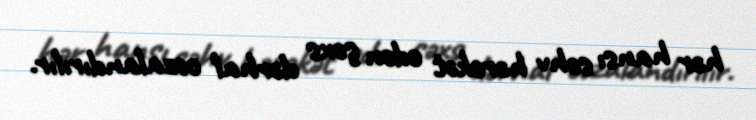
hər hansı səhv hərəkət edən şəxs dərhal cəzalandırılır.